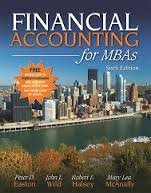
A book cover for Financial Accounting for MBAs, 6th Edition; Peter D. Easton; Business & Money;